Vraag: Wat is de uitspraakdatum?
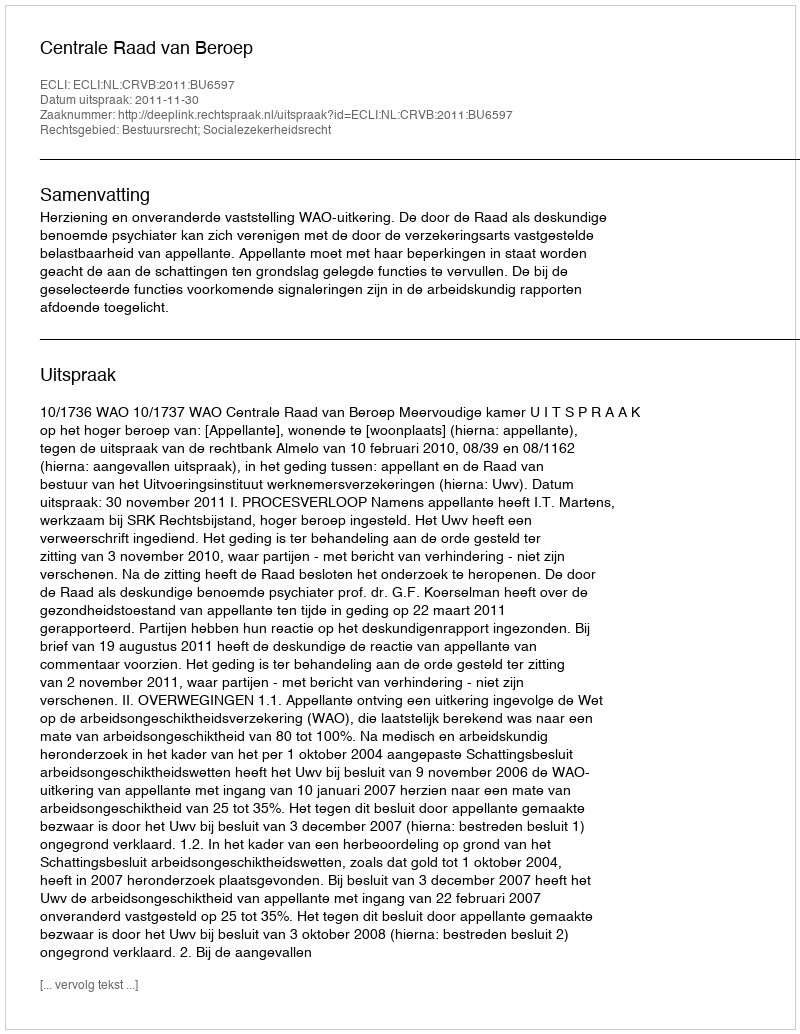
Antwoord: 2011-11-30